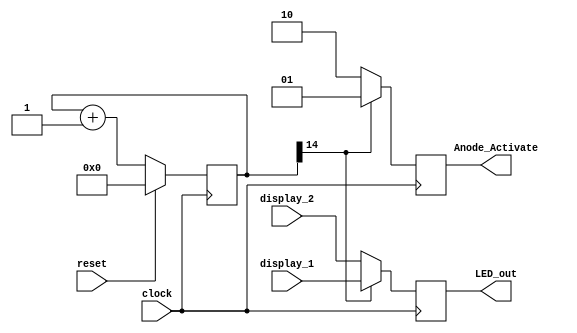
module Seven_segment_LED_Display_Controller(
    input clock, // 50 Mhz clock
    input reset, // reset
    input [6:0]display_1,
    input [6:0]display_2, 
    output reg [1:0] Anode_Activate, // anode signals of the 7-segment LED display
    output reg [6:0] LED_out // cathode patterns of the 7-segment LED display
    );
    reg [26:0] counter; // counter for choosing which display to activate	 


always@(posedge clock)
begin
    counter <= reset ? 'd0 : (counter == 500000000) ? 'd0 : (counter + 1);
    if (counter[14])
    begin
		Anode_Activate <= 'b01;
	   LED_out <= display_1;
    end
    else
    begin
		Anode_Activate <= 'b10;
	   LED_out <= display_2;
    end
end

endmodule